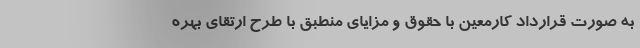
به صورت قرارداد کارمعین با حقوق و مزایای منطبق با طرح ارتقای بهره